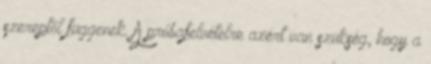
szereptől függenek. A próbafelvételre azért van szükség, hogy a